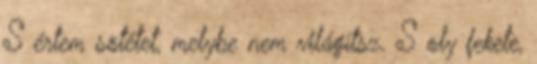
S értem sötétet, melybe nem világítsz. S oly fekete,